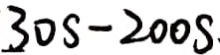
3 0 s - 2 0 0 s .